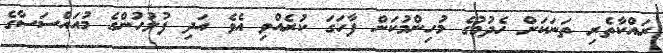
ރައްކާތެރި ތަނަކަށް ހެދުމުގެ މުހިންމުކަން ފާހަގަ ކުރެއްވި އެވެ އަދި ފުލުހުންގެ މުއައްސަސާގެ